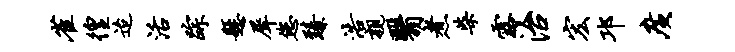
雀徨迨活踪悬犀您臻浩亲翳煮柴露治宏邛广